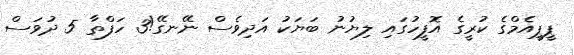
ޕީޕީއެމްގެ ކުރީގެ އޮފީހުގައި ލިޔުނު ބަޔަކު އަދިވެސް ނޭނގޭ!3 ހަފްތާ 5 ދުވަސް